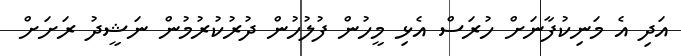
އަދި އެ މަނިކުފާނަށް ހުރަސް އެޅި މީހުން ފުލުހުން ދުރުކުުރުމުން ނަޝީދު ރަށަށް